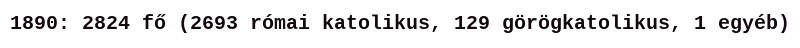
1890: 2824 fő (2693 római katolikus, 129 görögkatolikus, 1 egyéb)